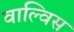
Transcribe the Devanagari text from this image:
वाल्विस